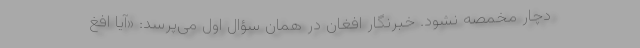
دچار مخمصه نشود. خبرنگار افغان در همان سؤال اول می‌پرسد: «آیا افغ